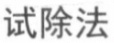
试除法